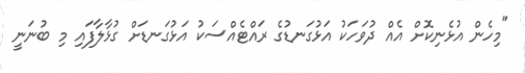
"މިހެން އުޅެނިކޮށް އެއް ދުވަހަކު އަޅުގަނޑުގެ ރައްޓެއްސަކު އަޅުގަނޑަށް ގުޅާލާފައި މި ބުނަނީ